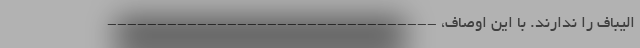
الیباف را ندارند. با این اوصاف، ---------------------------------